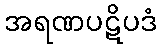
အရဏပဋိပဒံ